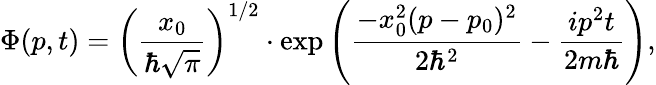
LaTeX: \Phi(p,t)=\left({\frac{x_{0}}{\hbar{\sqrt{\pi}}}}\right)^{1/2}\cdot\exp{\left({\frac{-x_{0}^{2}(p-p_{0})^{2}}{2\hbar^{2}}}-{\frac{ip^{2}t}{2m\hbar}}\right)},